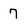
Character: 7